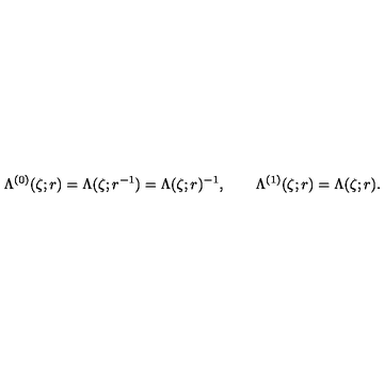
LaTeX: \Lambda ^ { ( 0 ) } ( \zeta ; r ) = \Lambda ( \zeta ; r ^ { - 1 } ) = \Lambda ( \zeta ; r ) ^ { - 1 } , \qquad \Lambda ^ { ( 1 ) } ( \zeta ; r ) = \Lambda ( \zeta ; r ) .